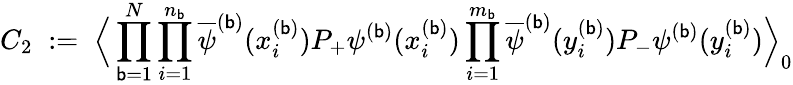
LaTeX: C_{2}\; :=\; \Big\langle\prod_{\mathsf{b}=1}^{N}\prod_{i=1}^{n_{\mathsf{b}}}\overline{{{{\psi}}}}^{(\mathsf{b})}(x_{i}^{(\mathsf{b})})P_{+}\psi^{(\mathsf{b})}(x_{i}^{(\mathsf{b})})\prod_{i=1}^{m_{\mathsf{b}}}\overline{{{{\psi}}}}^{(\mathsf{b})}(y_{i}^{(\mathsf{b})})P_{-}\psi^{(\mathsf{b})}(y_{i}^{(\mathsf{b})})\Big\rangle_{0}